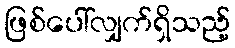
ဖြစ်ပေါ်လျှက်ရှိသည့်